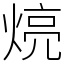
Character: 煷